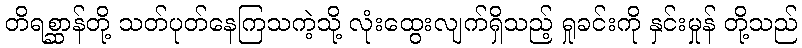
တိရစ္ဆာန်တို့ သတ်ပုတ်နေကြသကဲ့သို့ လုံးထွေးလျက်ရှိသည့် ရှုခင်းကို နှင်းမှုန် တို့သည်